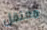
معتقل